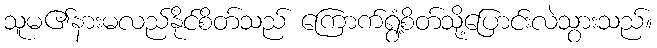
သူမ၏နားမလည်နိုင်စိတ်သည် ကြောက်ရွံ့စိတ်သို့ပြောင်းလဲသွားသည်။